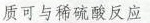
质可与稀硫酸反应